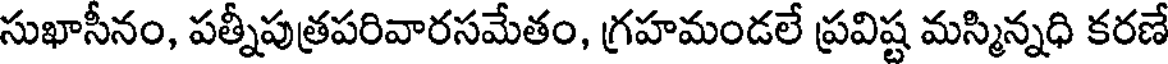
సుఖాసీనం, పత్నీపుత్రపరివారసమేతం, గ్రహమండలే ప్రవిష్ట మస్మిన్నధి కరణే